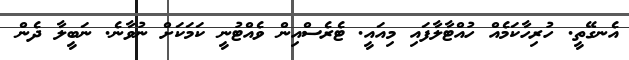
އެނގޭތީ. ހުރިހާކަމެއް ހުއްޓާލާފައި މިއައީ. ޓެރެސްއިން ވެއްޓުނީ ކަމަކަށް ނުވާނެ. ނަބީލާ ދެން